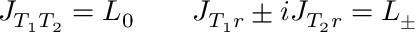
J _ { T _ { 1 } T _ { 2 } } = L _ { 0 } \qquad J _ { T _ { 1 } r } \pm i J _ { T _ { 2 } r } = L _ { \pm }